Medical and sanitary report on the native army of Bombay for the year
Year: 1877
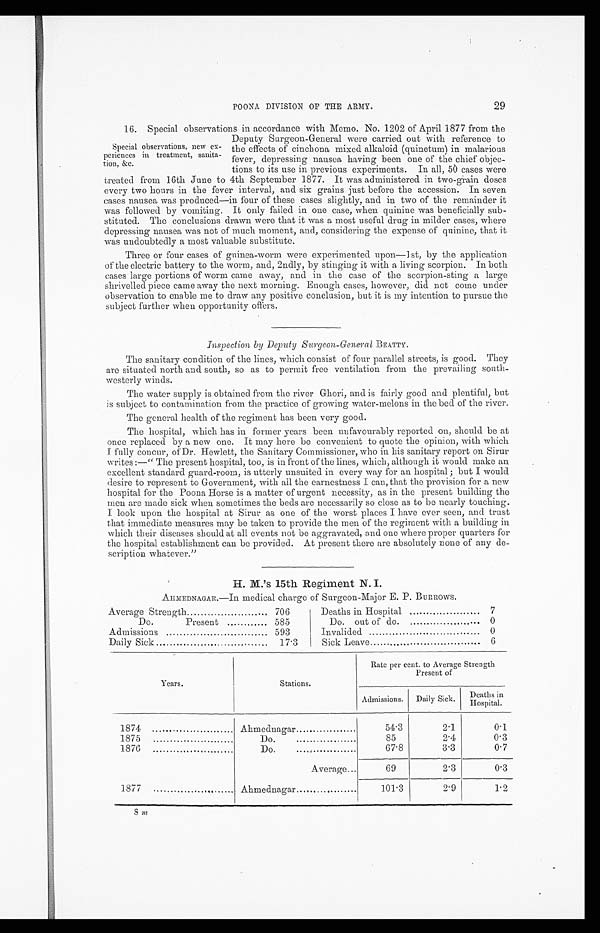
POONA DIVISION OF THE ARMY.
29
Special observations, new ex-
periences in treatment, sanita-
tion, &c.
16. Special observations in accordance with Memo. No. 1202 of April 1877 from the
Deputy Surgeon-General were carried out with reference to
the effects of cinchona mixed alkaloid (quinetum) in malarious
fever, depressing nausea having been one of the chief objec-
tions to its use in previous experiments. In all, 50 cases were
treated from 16th June to 4th September 1877. It was administered in two-grain doses
every two hours in the fever interval, and six grains just before the accession. In seven
cases nausea was produced—in four of these cases slightly, and in two of the remainder it
was followed by vomiting. It only failed in one case, when quinine was beneficially sub-
stituted. The conclusions drawn were that it was a most useful drug in milder cases, where
depressing nausea was not of much moment, and, considering the expense of quinine, that it
was undoubtedly a most valuable substitute.
Three or four cases of guinea-worm were experimented upon—1 st, by the application
of the electric battery to the worm, and, 2ndly, by stinging it with a living scorpion. In both
cases large portions of worm came away, and in the case of the scorpion-sting a large
shrivelled piece came away the next morning. Enough cases, however, did not come under
observation to enable me to draw any positive conclusion, but it is my intention to pursue the
subject further when opportunity offers.
Inspection by Deputy Surgeon-General BEATTY.
The sanitary condition of the lines, which consist of four parallel streets, is good. They
are situated north and south, so as to permit free ventilation from the prevailing south-
westerly winds.
The water supply is obtained from the river Ghori, and is fairly good and plentiful, but
is subject to contamination from the practice of growing water-melons in the bed of the river.
The general health of the regiment has been very good.
The hospital, which has in former years been unfavourably reported on, should be at
once replaced by a new one. It may here be convenient to quote the opinion, with which
I fully concur, of Dr. Hewlett, the Sanitary Commissioner, who in his sanitary report on Sirur
writes:—" The present hospital, too, is in front of the lines, which, although it would make an
excellent standard guard-room, is utterly unsuited in every way for an hospital; but I would
desire to represent to Government, with all the earnestness I can, that the provision for a new
hospital for the Poona Horse is a matter of urgent necessity, as in the present building the
men are made sick when sometimes the beds are necessarily so close as to be nearly touching.
I look upon the hospital at Sirur as one of the worst places I have ever seen, and trust
that immediate measures may be taken to provide the men of the regiment with a building in
which their diseases should at all events not be aggravated, and one where proper quarters for
the hospital establishment can be provided. At present there are absolutely none of' any de-
scription whatever."
H. M.'s 15th Regiment N. I.
AHMEDNAGAR.—In medical charge of Surgeon-Major E. P. BURROWS.
Average Strength
706
Deaths in Hospital
7
Do.
Present
585
Do out of do. .
0
Admissions
593
Invalided
0
Daily Sick
17.3
Sick Leave
6
Years.
Stations.
Rate per cent. to Average Strength
Present of
Admissions.
Daily Sick.
Deaths i n
Hospital.
1874
Ahmednagar
54.3
2.1
0.1
1875
Do.
85
2.4
0.3
1.876
Do.
67.8
3.3
0.7
Average...
69
2.3
0.3
1877
Ahmednagar
101.3
2.9
1.2
8 m